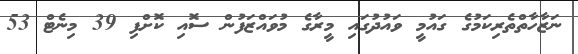
ނަޒާހާތްތެރިކަމުގެ ގައުމީ ވައުދުގައި މީރާގެ މުވައްޒަފުން ސޮއި ކޮށްފި 39 މިނެޓް 53